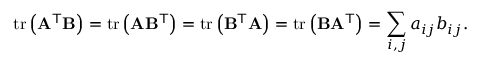
\operatorname { t r } \left( \mathbf { A } ^ { \mathsf { T } } \mathbf { B } \right) = \operatorname { t r } \left( \mathbf { A } \mathbf { B } ^ { \mathsf { T } } \right) = \operatorname { t r } \left( \mathbf { B } ^ { \mathsf { T } } \mathbf { A } \right) = \operatorname { t r } \left( \mathbf { B } \mathbf { A } ^ { \mathsf { T } } \right) = \sum _ { i , j } a _ { i j } b _ { i j } .